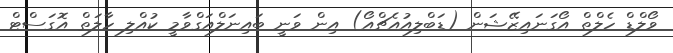
ވޯލްޑް ހެލްތް އޯގަނައިޒޭޝަން (ޑަބްލިއުއެޗްއޯ) އިން ވަނީ ބައިނަލްއަގްވާމީ ކުއްލި ހާލަތް އޮގަސްޓް